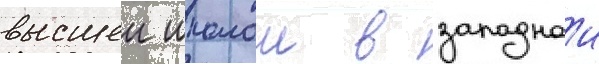
высшеи школои в западнои